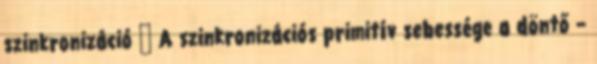
szinkronizáció ● A szinkronizációs primitív sebessége a döntő –